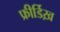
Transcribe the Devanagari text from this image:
फ्रीर्डिख़